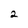
Character: 2